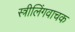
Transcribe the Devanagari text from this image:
स्त्रीलिंगवाचक